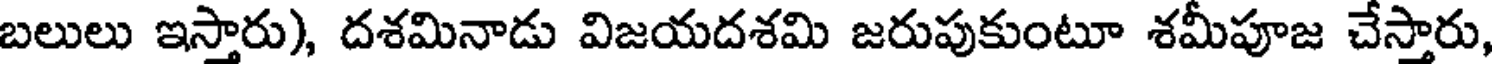
బలులు ఇస్తారు), దశమినాడు విజయదశమి జరుపుకుంటూ శమీపూజ చేస్తారు,